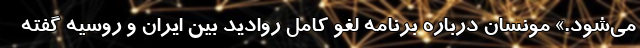
می‌شود.» مونسان درباره برنامه لغو کامل روادید بین ایران و روسیه گفته